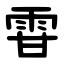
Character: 雸